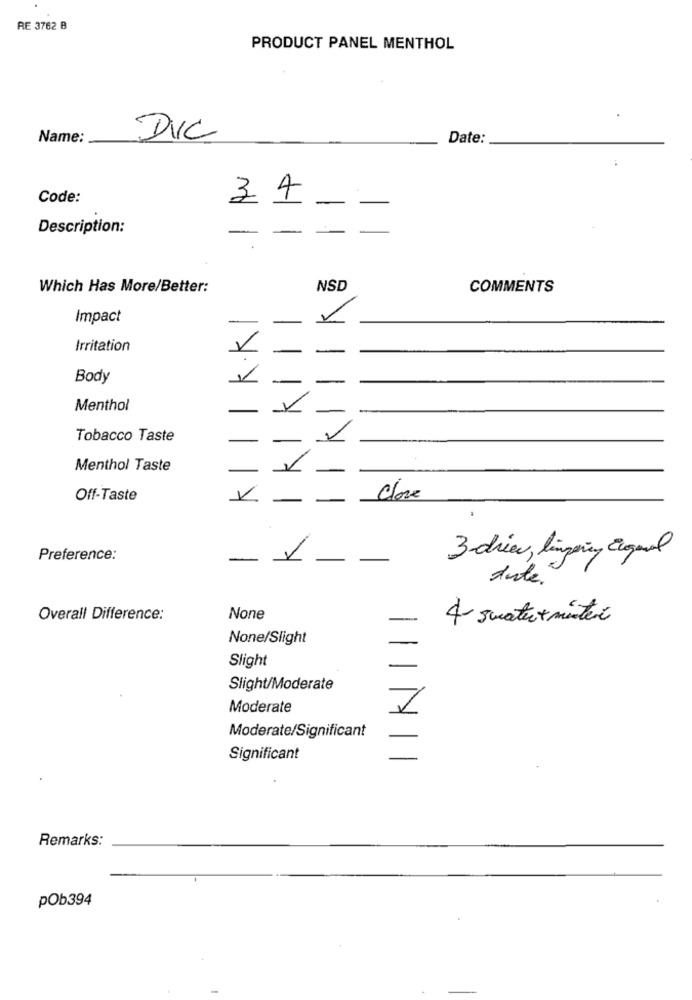
RE 3762 B
PRODUCT PANEL MENTHOL
Name:
DIC
Date:
Code:
34
Description:
Which Has More/Better:
NSD
COMMENTS
Impact
Irritation
Body
Menthol
Tobacco Taste
Menthol Taste
Off-Taste
Close
Preference:
3-driev, limpeny Equal
date.
Overall Difference:
4 suatev+ mister
None/Slight
Slight
Slight/Moderate
Moderate
Moderate/Significant
Significant
Remarks:
POb394